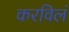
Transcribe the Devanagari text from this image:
करविलं